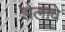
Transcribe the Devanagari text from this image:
झेलावे